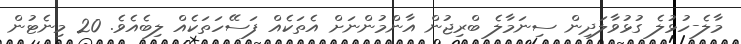
މާލެ-ހުޅުލެ ގުޅުވާލަދިން ސިނަމާލެ ބްރިޖުން އާންމުންނަށް އެތަކެއް ފަސޭހަތަކެއް ލިބެއެވެ. 20 މިނެޓުން